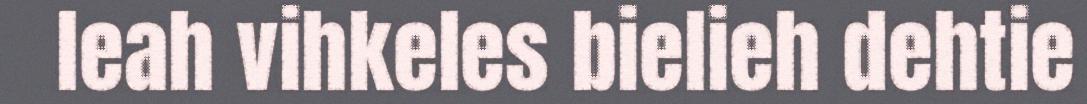
leah vihkeles bielieh dehtie